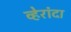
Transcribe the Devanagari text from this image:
व्हेरांदा